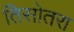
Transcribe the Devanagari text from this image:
तिसोतरा